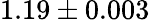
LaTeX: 1.19\pm 0.003